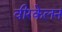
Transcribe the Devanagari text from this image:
वीरकेलन